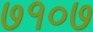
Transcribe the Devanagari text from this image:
७१०७